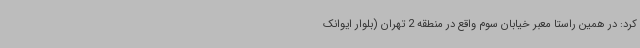
کرد: در همین راستا معبر خیابان سوم واقع در منطقه 2 تهران (بلوار ایوانک